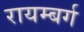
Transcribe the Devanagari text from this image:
रायम्बर्ग